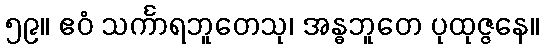
၅၉။ ဧဝံ သင်္ကာရဘူတေသု၊ အန္ဓဘူတေ ပုထုဇ္ဇနေ။